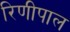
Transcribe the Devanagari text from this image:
रिणीपाल